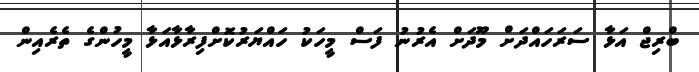
ބްރިޖް އަޅާ ސަރަހައްދަށް މޫދަށް އެރުނު ފަސް މީހަކު ހައްޔަރުކޮށްފިރާޅާއަޅާ މީހުންގެ ތެރެއިން